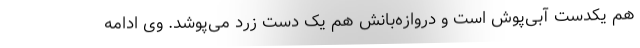
هم یکدست آبی‌پوش است و دروازه‌بانش هم یک دست زرد می‌پوشد. وی ادامه